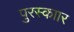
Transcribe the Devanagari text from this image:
पुरस्काार